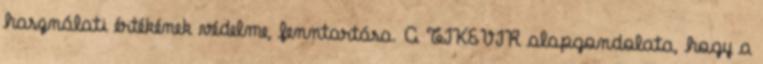
használati értékének védelme, fenntartása. A TIKEVIR alapgondolata, hogy a